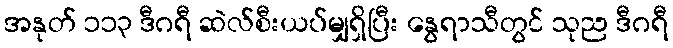
အနုတ် ၁၁၃ ဒီဂရီ ဆဲလ်စီးယပ်မျှရှိပြီး နွေရာသီတွင် သုည ဒီဂရီ